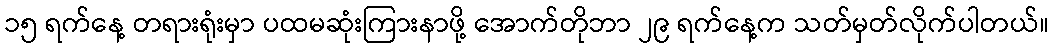
၁၅ ရက်နေ့ တရားရုံးမှာ ပထမဆုံးကြားနာဖို့ အောက်တိုဘာ ၂၉ ရက်နေ့က သတ်မှတ်လိုက်ပါတယ်။